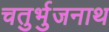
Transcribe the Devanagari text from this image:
चतुर्भुजनाथ